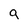
Character: q